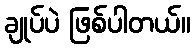
ချုပ်ပဲ ဖြစ်ပါတယ်။